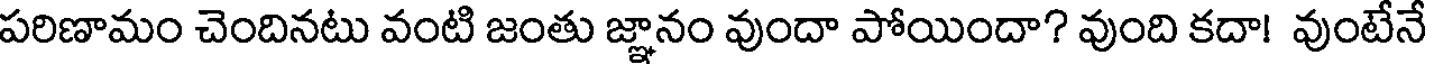
పరిణామం చెందినటు వంటి జంతు జ్ఞానం వుందా పోయిందా? వుంది కదా! వుంటేనే